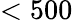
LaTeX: <500